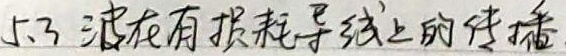
5.3 波在有损耗导线上的传播